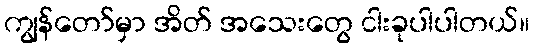
ကျွန်တော်မှာ အိတ် အသေးတွေ ငါးခုပါပါတယ်။